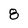
Character: 8